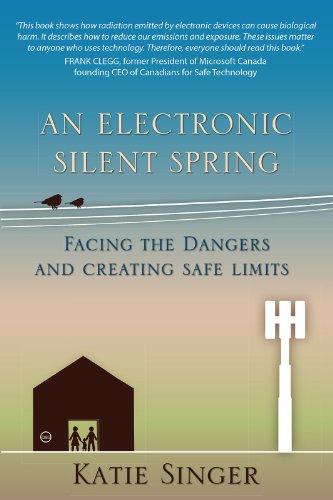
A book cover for An Electronic Silent Spring: Facing the Dangers and Creating Safe Limits; Katie Singer; Medical Books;